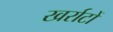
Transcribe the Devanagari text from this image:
खर्राटों